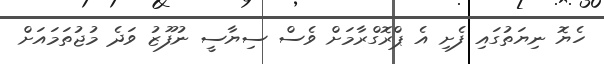
ހެޔޮ ނިޔަތުގައި ފެށި އެ ޕްރޮގްރާމަށް ވެސް ސިޔާސީ ނުފޫޒު ވަދެ މުޖުތަމައަށް